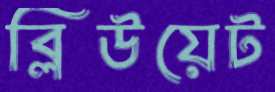
ব্লিউয়েট